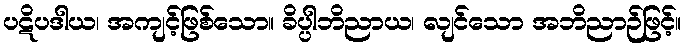
ပဋိပဒါယ၊ အကျင့်ဖြစ်သော။ ခိပ္ပါဘိညာယ၊ လျင်သော အဘိညာဉ်ဖြင့်။